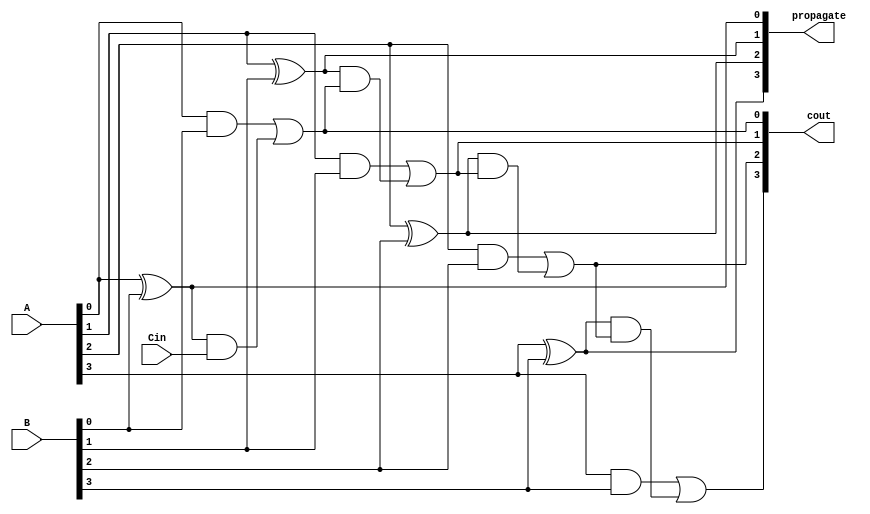
module propagate_generate(propagate,cout,A,B,Cin);
input wire [3:0] A,B;
input wire Cin;
output reg [3:0] propagate,cout;


always @(A,B,Cin)
begin

cout[0] = ((A[0]&B[0])|((A[0]^B[0])&(Cin)));
cout[1] = ((A[1]&B[1])|((A[1]^B[1])&(cout[0])));
cout[2] = ((A[2]&B[2])|((A[2]^B[2])&(cout[1])));
cout[3] = ((A[3]&B[3])|((A[3]^B[3])&(cout[2])));

propagate[0] <= (A[0]^B[0]);
propagate[1] <= (A[1]^B[1]);
propagate[2] <= (A[2]^B[2]);
propagate[3] <= (A[3]^B[3]);
end
endmodule